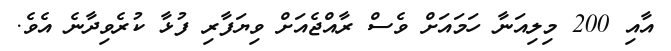
އާއި 200 މިލިއަނާ ހަމައަށް ވެސް ރާއްޖެއަށް ވިޔަފާރި ފުޅާ ކުރެވިދާނެ އެވެ.